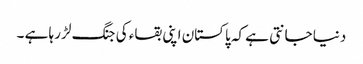
دنیا جانتی ہے کہ پاکستان اپنی بقاء کی جنگ لڑ رہا ہے ۔